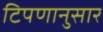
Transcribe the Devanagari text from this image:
टिपणानुसार